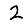
Digit: 2